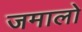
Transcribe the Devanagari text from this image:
जमालो